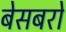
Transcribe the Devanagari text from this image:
बेसबरो